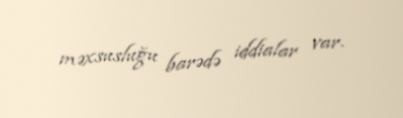
məxsusluğu barədə iddialar var.